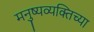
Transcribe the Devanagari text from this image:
मनुष्यव्यक्तिच्या